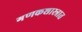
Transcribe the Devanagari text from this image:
गणकशास्त्रात